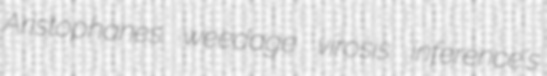
Aristophanes weedage virosis inference's